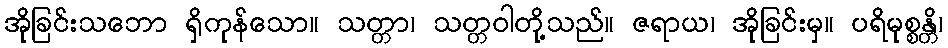
အိုခြင်းသဘော ရှိကုန်သော။ သတ္တာ၊ သတ္တဝါတို့သည်။ ဇရာယ၊ အိုခြင်းမှ။ ပရိမုစ္စန္တိ၊